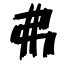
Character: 弗